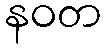
နဝတ